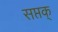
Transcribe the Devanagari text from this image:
सप्तक्